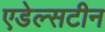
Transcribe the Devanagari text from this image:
एडेल्सटीन